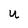
Character: U